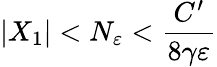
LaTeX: |X_{1}|<N_{\varepsilon}<\frac{C^{\prime}}{8\gamma\varepsilon}